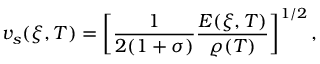
v _ { s } ( \xi , T ) = \bigg [ \frac { 1 } { 2 ( 1 + \sigma ) } \frac { E ( \xi , T ) } { \varrho ( T ) } \bigg ] ^ { 1 / 2 } \, ,